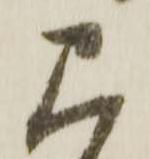
見